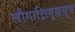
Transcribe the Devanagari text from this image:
लौगाक्षिगृह्यसूत्र